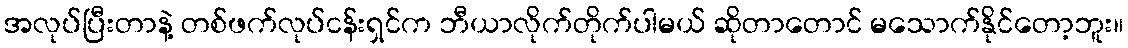
အလုပ်ပြီးတာနဲ့ တစ်ဖက်လုပ်ငန်းရှင်က ဘီယာလိုက်တိုက်ပါမယ် ဆိုတာတောင် မသောက်နိုင်တော့ဘူး။